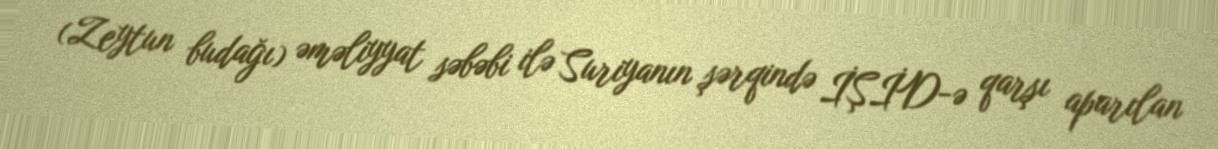
(Zeytun budağı) əməliyyat səbəbi ilə Suriyanın şərqində İŞİD-ə qarşı aparılan